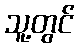
သူ့တွင်